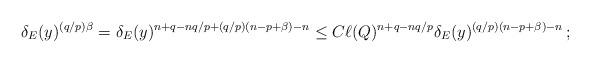
LaTeX: \begin{align*}\delta_E(y)^{(q/p)\beta} =\delta_E(y)^{n+q-nq/p+(q/p)(n-p+\beta)-n}\le C\ell(Q)^{n+q-nq/p} \delta_E(y)^{(q/p)(n-p+\beta)-n}\,;\end{align*}